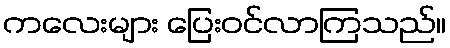
ကလေးများ ပြေးဝင်လာကြသည်။